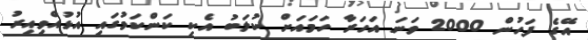
އޭގެ ފަހުން 2000 ވަނަ އަހަރާ ހަމައަށް ކުލަބު އެކި ކަންކަމުގައި އުޅުއްވިއިރު